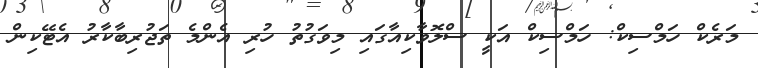
މަރެކް ހަމްސިކް: ހަމްސިކް އަކީ ސްލޮވާކިއާގައި މިވަގުތު ހުރި އެންމެ ތަޖުރިބާކާރު އެޓޭކިން